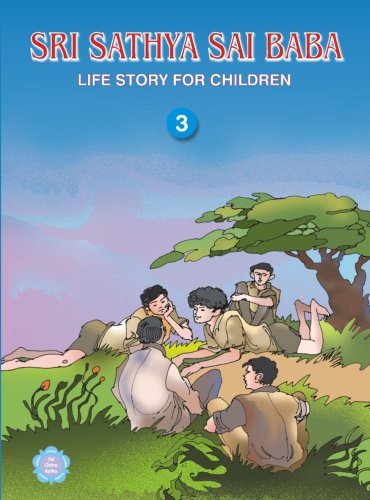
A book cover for Sri Sathya Sai Baba: 3: Life Story for Children; R. Padmanaban; Children's Books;